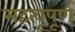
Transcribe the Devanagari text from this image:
महत्वूपूर्ण